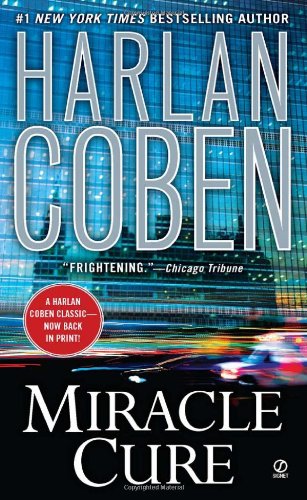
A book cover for Miracle Cure; Harlan Coben; Literature & Fiction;